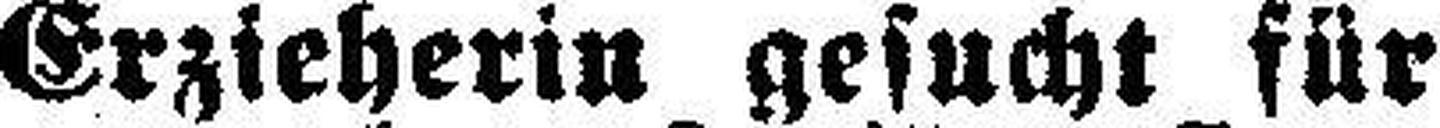
Erzieherin gesucht für